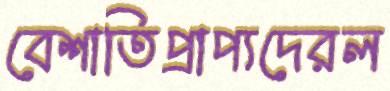
বেশাতিপ্রাপ্যদেরল